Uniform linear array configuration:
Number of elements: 48
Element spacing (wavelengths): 0.5
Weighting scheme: cosine
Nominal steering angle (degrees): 15
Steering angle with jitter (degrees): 16.836
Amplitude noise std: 0.05
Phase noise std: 0.05

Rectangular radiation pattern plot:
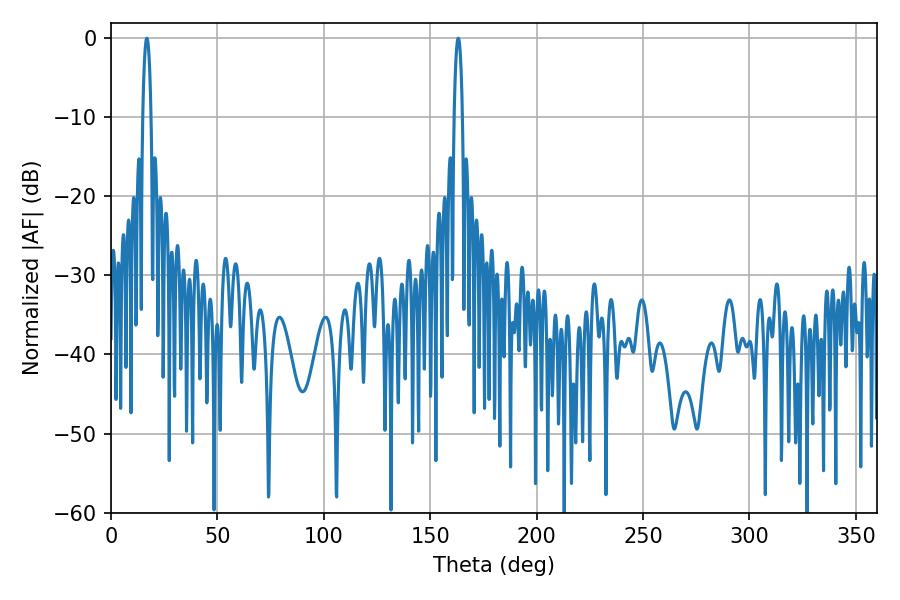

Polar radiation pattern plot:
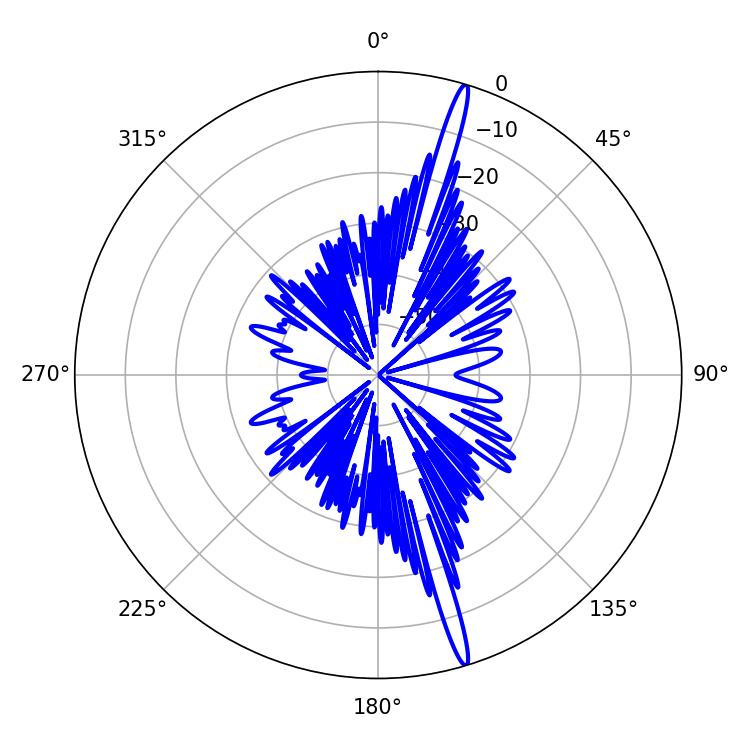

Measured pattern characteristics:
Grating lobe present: FALSE
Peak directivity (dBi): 18.921
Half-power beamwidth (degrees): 2.16
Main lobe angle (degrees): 163.08